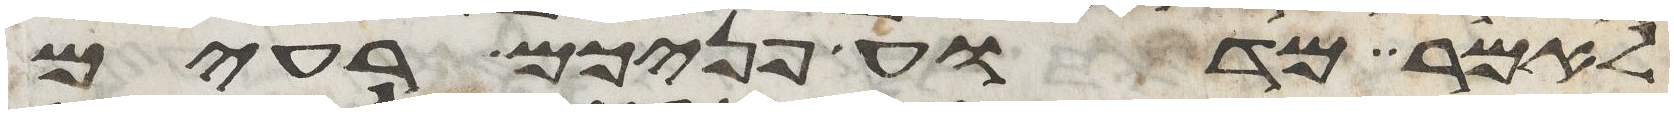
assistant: לאמר מדוע פניכם רעים